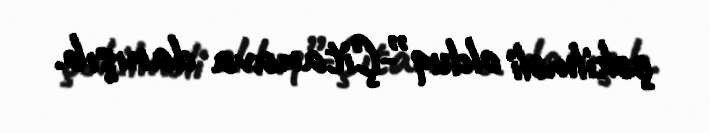
çəkilməli olduq”-Çitanava danışıb.